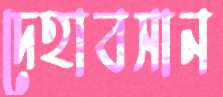
দেহাবসান